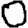
Digit: 0